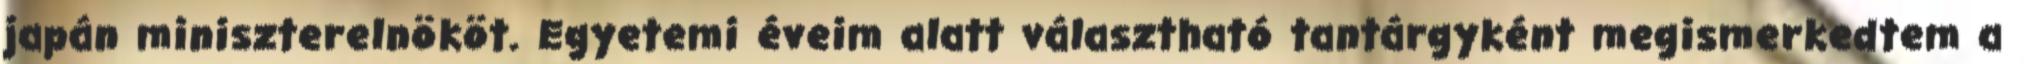
japán miniszterelnököt. Egyetemi éveim alatt választható tantárgyként megismerkedtem a